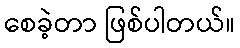
စေခဲ့တာ ဖြစ်ပါတယ်။